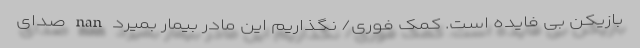
بازیکن بی فایده است. کمک فوری/ نگذاریم این مادر بیمار بمیرد nan صدای